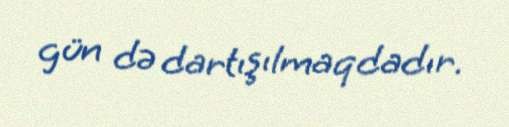
gün də dartışılmaqdadır.